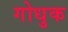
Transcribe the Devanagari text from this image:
गोधुक